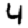
Digit: 4